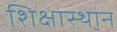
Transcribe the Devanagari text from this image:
शिक्षास्थान